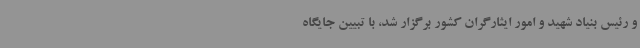
و رئیس بنیاد شهید و امور ایثارگران کشور برگزار شد، با تبیین جایگاه